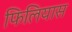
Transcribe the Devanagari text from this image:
फिलियास